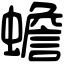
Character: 蟾